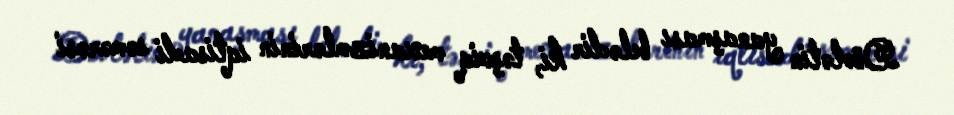
Dövlətin yanaşması belədir ki, təşviq mexanizmlərinin iqtisadi səmərəsi